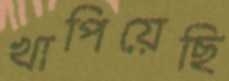
খাপিয়েছি